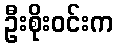
ဦးစိုးဝင်းက